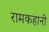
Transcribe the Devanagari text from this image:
रामकहानी